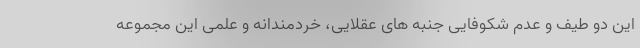
این دو طیف و عدم شکوفایی جنبه های عقلایی، خردمندانه و علمی این مجموعه